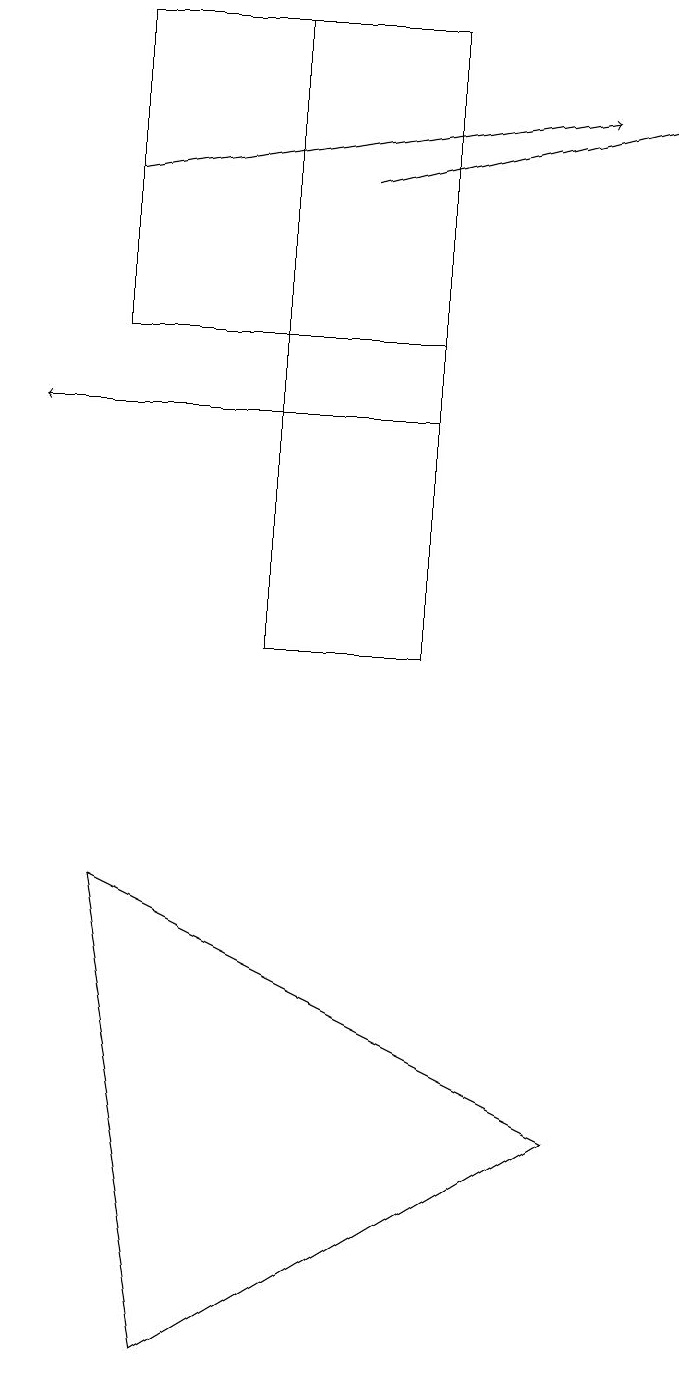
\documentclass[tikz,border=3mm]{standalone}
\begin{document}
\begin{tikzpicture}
\draw (2,1) -- (7,4) -- (1,7) -- cycle;
\draw[->] (1,16) -- (7,17);
\draw[->] (5,13) -- (0,13);
\draw (1,14) rectangle (5,18);
\draw (3,10) rectangle (5,18);
\draw[->] (4,16) -- (8,17);
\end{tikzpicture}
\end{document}